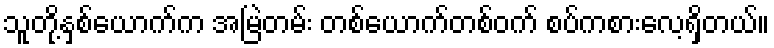
သူတို့နှစ်ယောက်က အမြဲတမ်း တစ်ယောက်တစ်ဝက် စပ်ကစားလေ့ရှိတယ်။